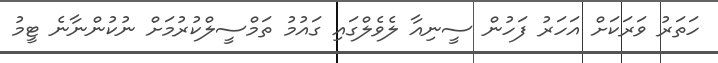
ހަތަރު ވަރަކަށް އަހަރު ފަހުން ސީނިއާ ލެވެލްގައި ގައުމު ތަމްސީލްކުރުމަށް ނުކުންނާނެ ޓީމު